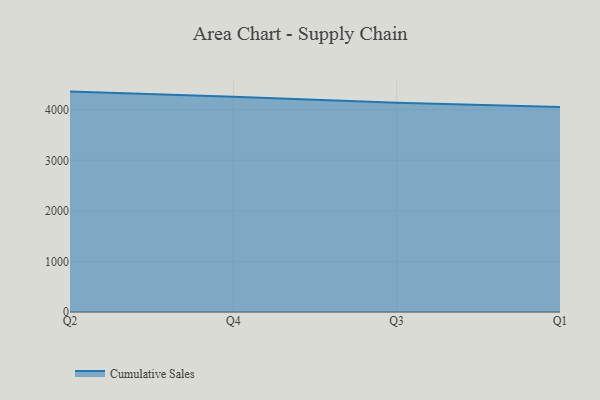
{"axis": {"x": "Quarter", "y": "Production Output"}, "legend": ["Cumulative Sales"], "data": [{"x": "Q2", "y": 4358.5, "type": "Cumulative Sales"}, {"x": "Q4", "y": 4258.9, "type": "Cumulative Sales"}, {"x": "Q3", "y": 4137.0, "type": "Cumulative Sales"}, {"x": "Q1", "y": 4055.5, "type": "Cumulative Sales"}]}